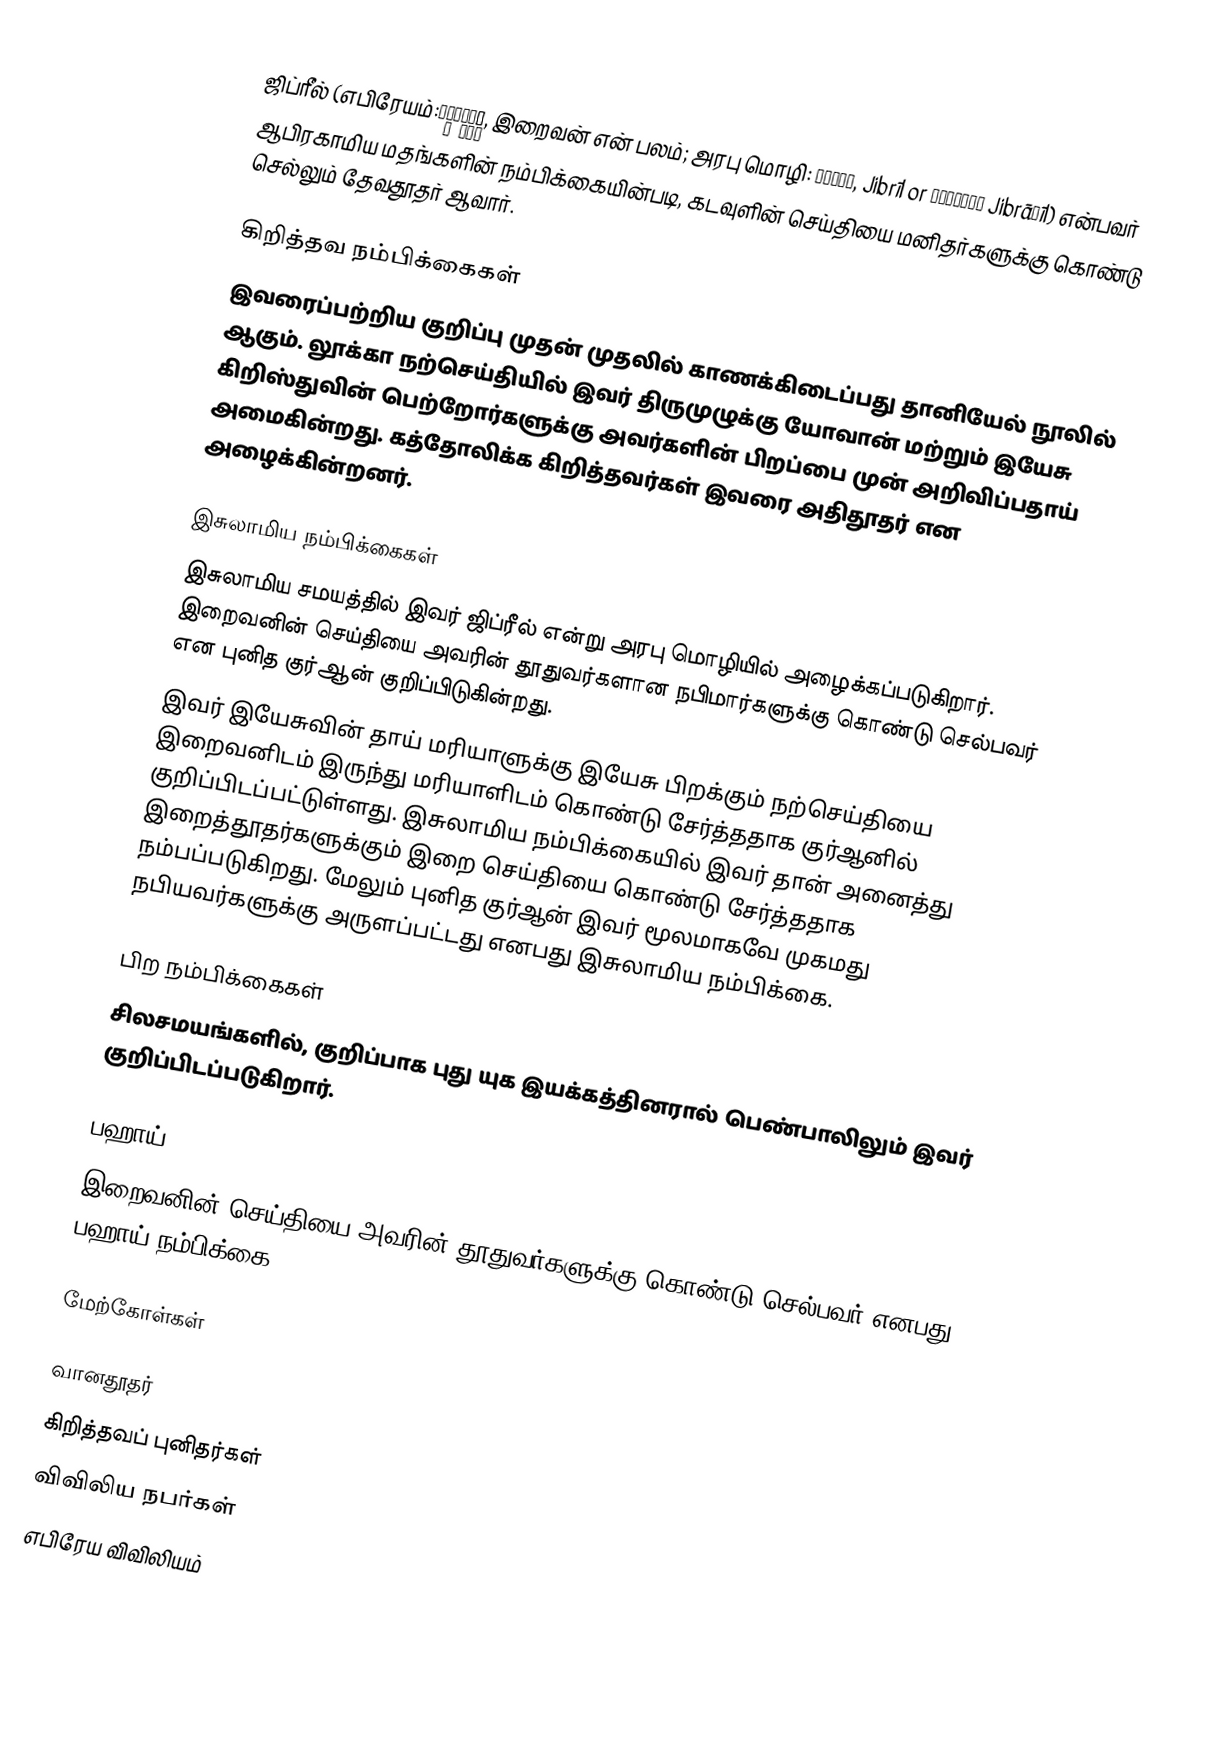
ஜிப்ரீல்  (எபிரேயம்:גַּבְרִיאֵל, இறைவன் என் பலம்; அரபு மொழி: جبريل, Jibrīl or جبرائيل Jibrāʾīl) என்பவர் ஆபிரகாமிய மதங்களின் நம்பிக்கையின்படி, கடவுளின் செய்தியை மனிதர்களுக்கு கொண்டு செல்லும் தேவதூதர் ஆவார்.

கிறித்தவ நம்பிக்கைகள்
இவரைப்பற்றிய குறிப்பு முதன் முதலில் காணக்கிடைப்பது தானியேல் நூலில் ஆகும். லூக்கா நற்செய்தியில் இவர் திருமுழுக்கு யோவான் மற்றும் இயேசு கிறிஸ்துவின் பெற்றோர்களுக்கு அவர்களின் பிறப்பை முன் அறிவிப்பதாய் அமைகின்றது. கத்தோலிக்க கிறித்தவர்கள் இவரை அதிதூதர் என அழைக்கின்றனர்.

இசுலாமிய நம்பிக்கைகள்
இசுலாமிய சமயத்தில் இவர் ஜிப்ரீல் என்று அரபு மொழியில் அழைக்கப்படுகிறார். இறைவனின் செய்தியை அவரின் தூதுவர்களான நபிமார்களுக்கு கொண்டு செல்பவர் என புனித குர்ஆன் குறிப்பிடுகின்றது.
இவர் இயேசுவின் தாய் மரியாளுக்கு இயேசு பிறக்கும் நற்செய்தியை இறைவனிடம் இருந்து மரியாளிடம் கொண்டு சேர்த்ததாக குர்ஆனில் குறிப்பிடப்பட்டுள்ளது. இசுலாமிய நம்பிக்கையில் இவர் தான் அனைத்து இறைத்தூதர்களுக்கும் இறை செய்தியை கொண்டு சேர்த்ததாக நம்பப்படுகிறது. மேலும் புனித குர்ஆன் இவர் மூலமாகவே முகமது நபியவர்களுக்கு அருளப்பட்டது எனபது இசுலாமிய நம்பிக்கை.

பிற நம்பிக்கைகள்
சிலசமயங்களில், குறிப்பாக புது யுக இயக்கத்தினரால் பெண்பாலிலும் இவர் குறிப்பிடப்படுகிறார்.

பஹாய்
இறைவனின் செய்தியை அவரின் தூதுவர்களுக்கு கொண்டு செல்பவர் எனபது பஹாய் நம்பிக்கை.

மேற்கோள்கள்

வானதூதர்
கிறித்தவப் புனிதர்கள்
விவிலிய நபர்கள்
எபிரேய விவிலியம்